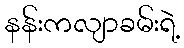
နန်းကလျာခမ်းရဲ့